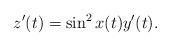
LaTeX: \begin{align*}z'(t)=\sin^2 x(t) y'(t).\end{align*}